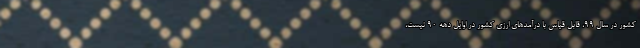
کشور در سال 99، قابل قیاس با درآمدهای ارزی کشور در اوایل دهه 90 نیست،